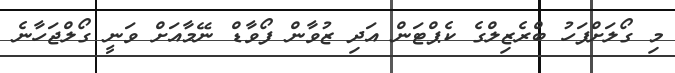
މި ގޯލަށްފަހު ބްރެޒިލްގެ ކެޕްޓަން އަދި ޒުވާން ފޯވާޑް ނޭމާއަށް ވަނީ ގޯލްޖަހާނެ